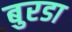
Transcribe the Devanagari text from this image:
बुरडा